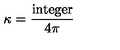
\kappa = { \frac { \mathrm { i n t e g e r } } { 4 \pi } }